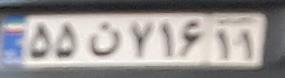
۵۵ن۷۱۶۱۱